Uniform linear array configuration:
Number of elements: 4
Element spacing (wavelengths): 0.75
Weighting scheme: cosine
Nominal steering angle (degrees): -30
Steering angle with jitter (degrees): -30.531
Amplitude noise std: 0.05
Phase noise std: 0.05

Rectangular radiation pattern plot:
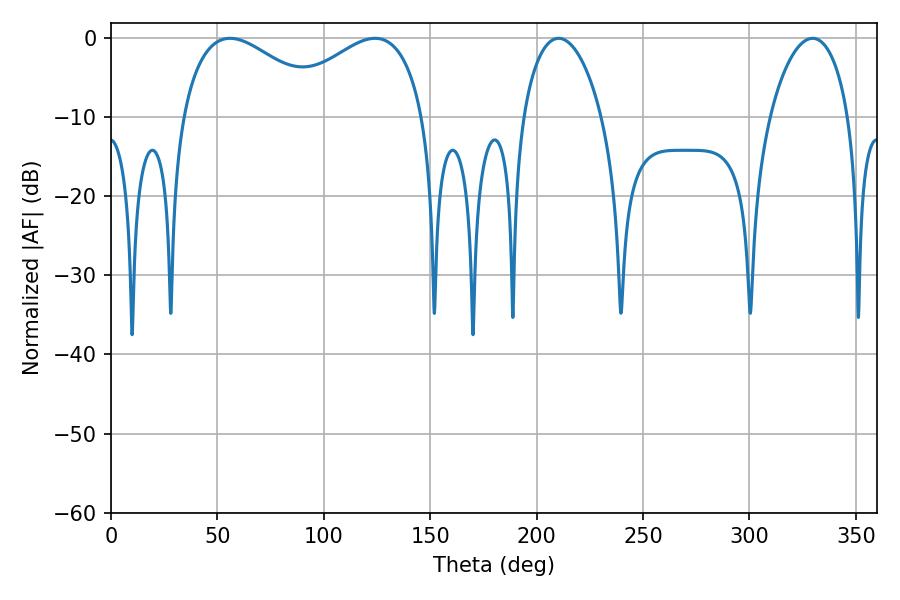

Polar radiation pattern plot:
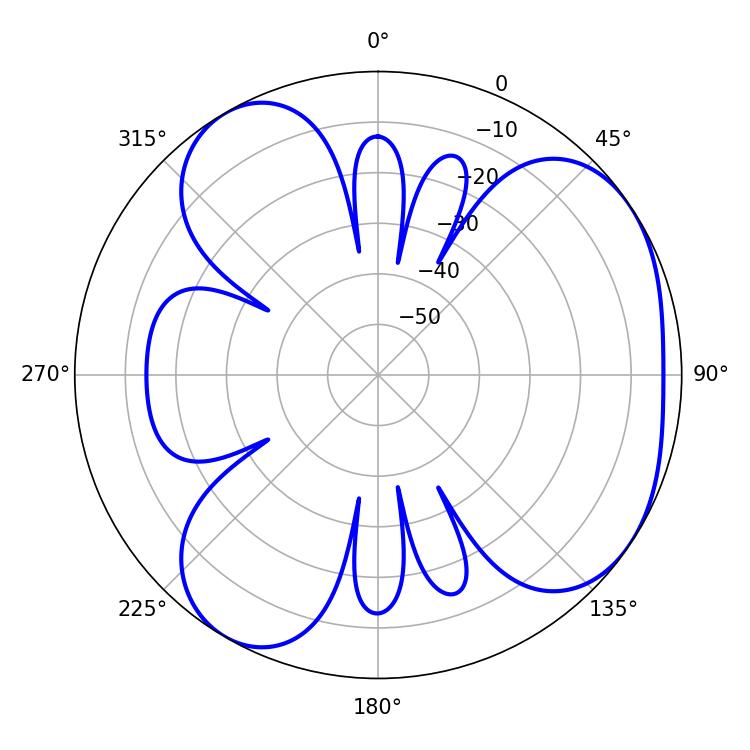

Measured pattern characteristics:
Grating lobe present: TRUE
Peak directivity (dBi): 4.642
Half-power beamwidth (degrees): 38.34
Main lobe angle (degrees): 55.98